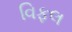
વિફલ